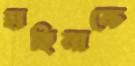
হাছিনাকে